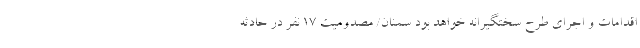
اقدامات و اجرای طرح سختگیرانه خواهد بود سمنان/ مصدومیت ۱۷ نفر در حادثه